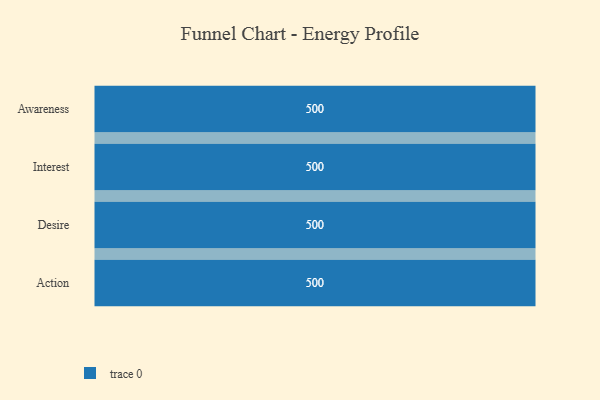
{"axis": {"x": "Stage", "y": "Value"}, "legend": [""], "data": [{"x": "Awareness", "y": 500, "type": ""}, {"x": "Interest", "y": 500, "type": ""}, {"x": "Desire", "y": 500, "type": ""}, {"x": "Action", "y": 500, "type": ""}]}